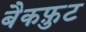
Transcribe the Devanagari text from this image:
बैकफ़ुट